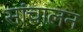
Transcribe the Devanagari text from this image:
सांचालन